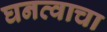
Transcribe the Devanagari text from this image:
घनत्वाचा